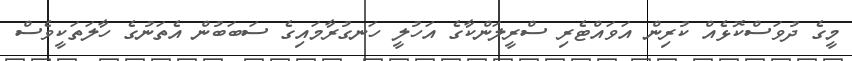
މީގެ ދުވަސްކޮޅެއް ކުރިން އަވައްޓެރި ސްރީލަންކާގެ އަހުލީ ހަނގުރާމައިގެ ސަބަބުން އެތަނުގެ ހާލަތަކީވެސް